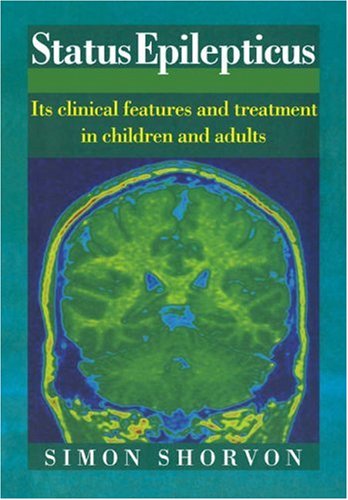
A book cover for Status Epilepticus: Its Clinical Features and Treatment in Children and Adults; Simon Shorvon; Health, Fitness & Dieting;